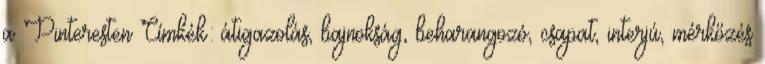
a Pinteresten Címkék: átigazolás, bajnokság, beharangozó, csapat, interjú, mérkőzés